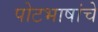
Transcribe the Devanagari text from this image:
पोटभाषांचे